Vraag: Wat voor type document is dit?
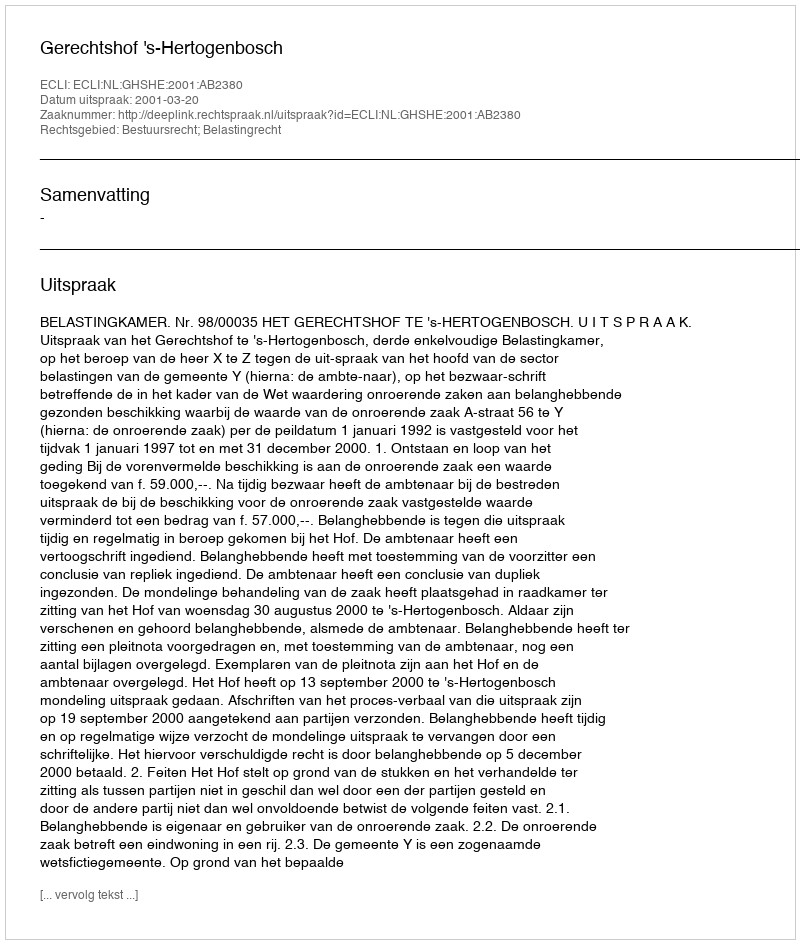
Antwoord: Uitspraak